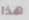
هذا